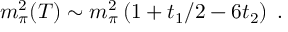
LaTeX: m _ { \pi } ^ { 2 } ( T ) \sim m _ { \pi } ^ { 2 } \left( 1 + t _ { 1 } / 2 - 6 t _ { 2 } \right) \; .